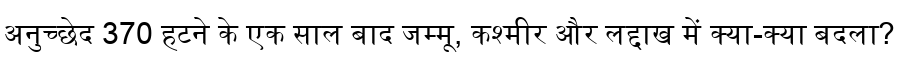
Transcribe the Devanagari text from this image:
अनुच्छेद 370 हटने के एक साल बाद जम्मू, कश्मीर और लद्दाख में क्या-क्या बदला?